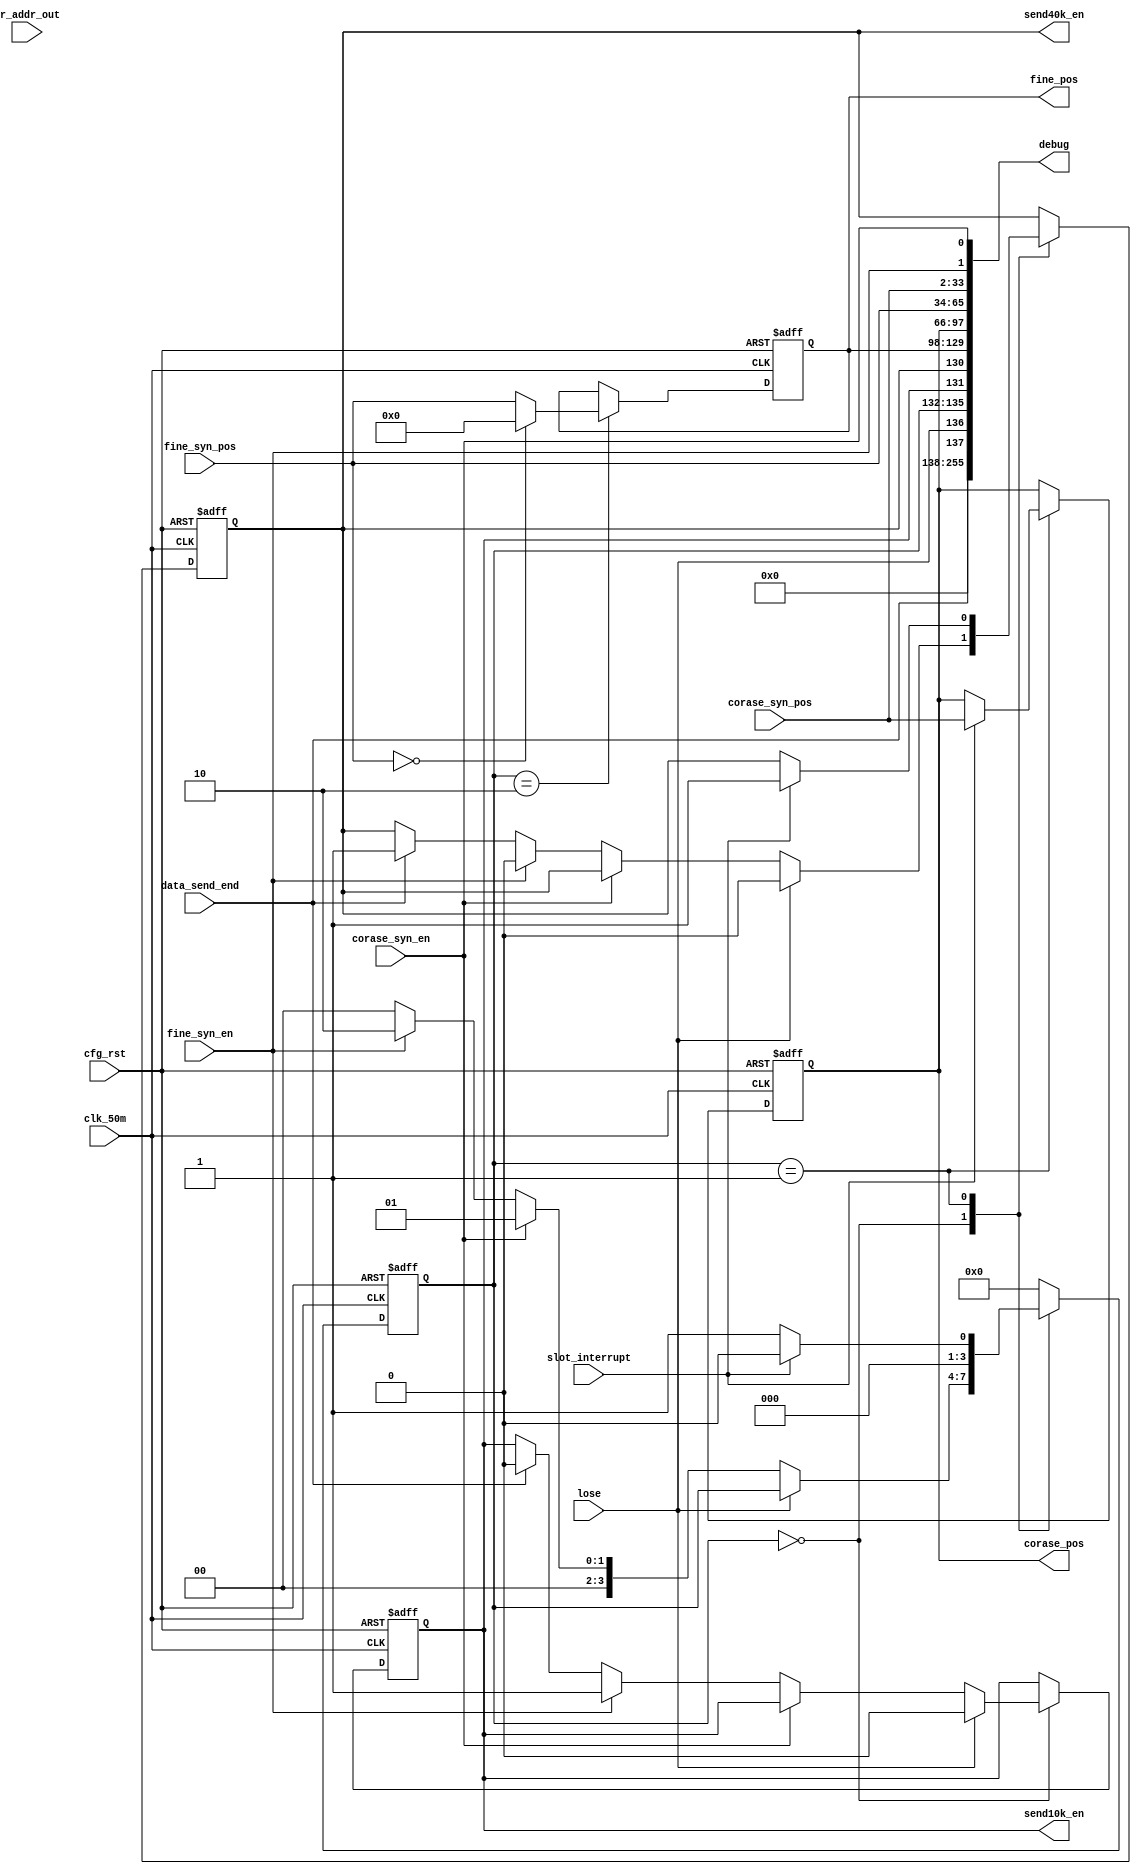
module syn_control(
		input clk_50m,
		input cfg_rst,
		input    			lose,
		input 				corase_syn_en,
		input					fine_syn_en,
		input  				slot_interrupt,
		input [31:0]  corase_syn_pos,
		input [31:0]  fine_syn_pos,
		
		output [31:0] corase_pos,
		output [31:0] fine_pos,
		output reg send40k_en,
		output reg send10k_en,
		input data_send_end,
		input [15:0] wr_addr_out,
		
		output [255:0] debug

    );


assign corase_pos = corase_pos_reg;
assign fine_pos   = fine_pos_reg;
reg [3:0] syn_state;
reg [31:0] fine_pos_reg;
reg [31:0] corase_pos_reg;
always@(posedge clk_50m or posedge cfg_rst) begin
		if(cfg_rst) begin
				syn_state 					<= 4'd0;
				fine_pos_reg 				<= 32'd0;
				corase_pos_reg      <= 32'd0;
				send40k_en          <= 1'b0;
				send10k_en					<= 1'b0;
		end
		else begin
				case(syn_state) 
				4'd0: begin					
		      if(lose)begin
		      		send40k_en <= 1'b0;
		      		send10k_en <= 1'b0;
		      end
		      else if(corase_syn_en) begin
							syn_state  <= 4'd1;							
		      end					
				  else if(fine_syn_en)   begin
				  		syn_state  <= 4'd2;
							send40k_en <= 1'b0;
							send10k_en <= 1'b1;
				  end 
					else if(data_send_end) begin
							syn_state  <= 4'd0;
							send10k_en <= 1'b0;
							send40k_en <= 1'b1;
					end
					else begin
							send10k_en <= send10k_en;
							send40k_en <= send40k_en;
							syn_state  <= 4'd0;
					end
				end
				4'd1: begin
					if(slot_interrupt)	begin			
					 		corase_pos_reg <= corase_syn_pos;							
							send40k_en <= 1'b1;											
							syn_state  <= 4'd0;
					end
					else begin
							syn_state <= 1'b1;
					end
				end
				4'd2: begin	
						syn_state    <= 4'd0;				
					  if(fine_syn_pos == 32'd0) begin
							fine_pos_reg <= 32'd0;
						end
						else begin
							fine_pos_reg <= fine_syn_pos;
						end		 
				end
				default:begin
						syn_state <= 4'd0;
				end
			endcase
		end	
end 


assign debug[0]=corase_syn_en;
assign debug[1]=fine_syn_en;
assign debug[33:2]=corase_syn_pos;
assign debug[65:34]=fine_syn_pos;
assign debug[97:66]=corase_pos;
assign debug[129:98]=fine_pos;
assign debug[130]=send40k_en;
assign debug[131]=send10k_en;
assign debug[135:132]=syn_state;
assign debug[136]=lose;
assign debug[137]=data_send_end;
assign debug[255:138]=0;

endmodule